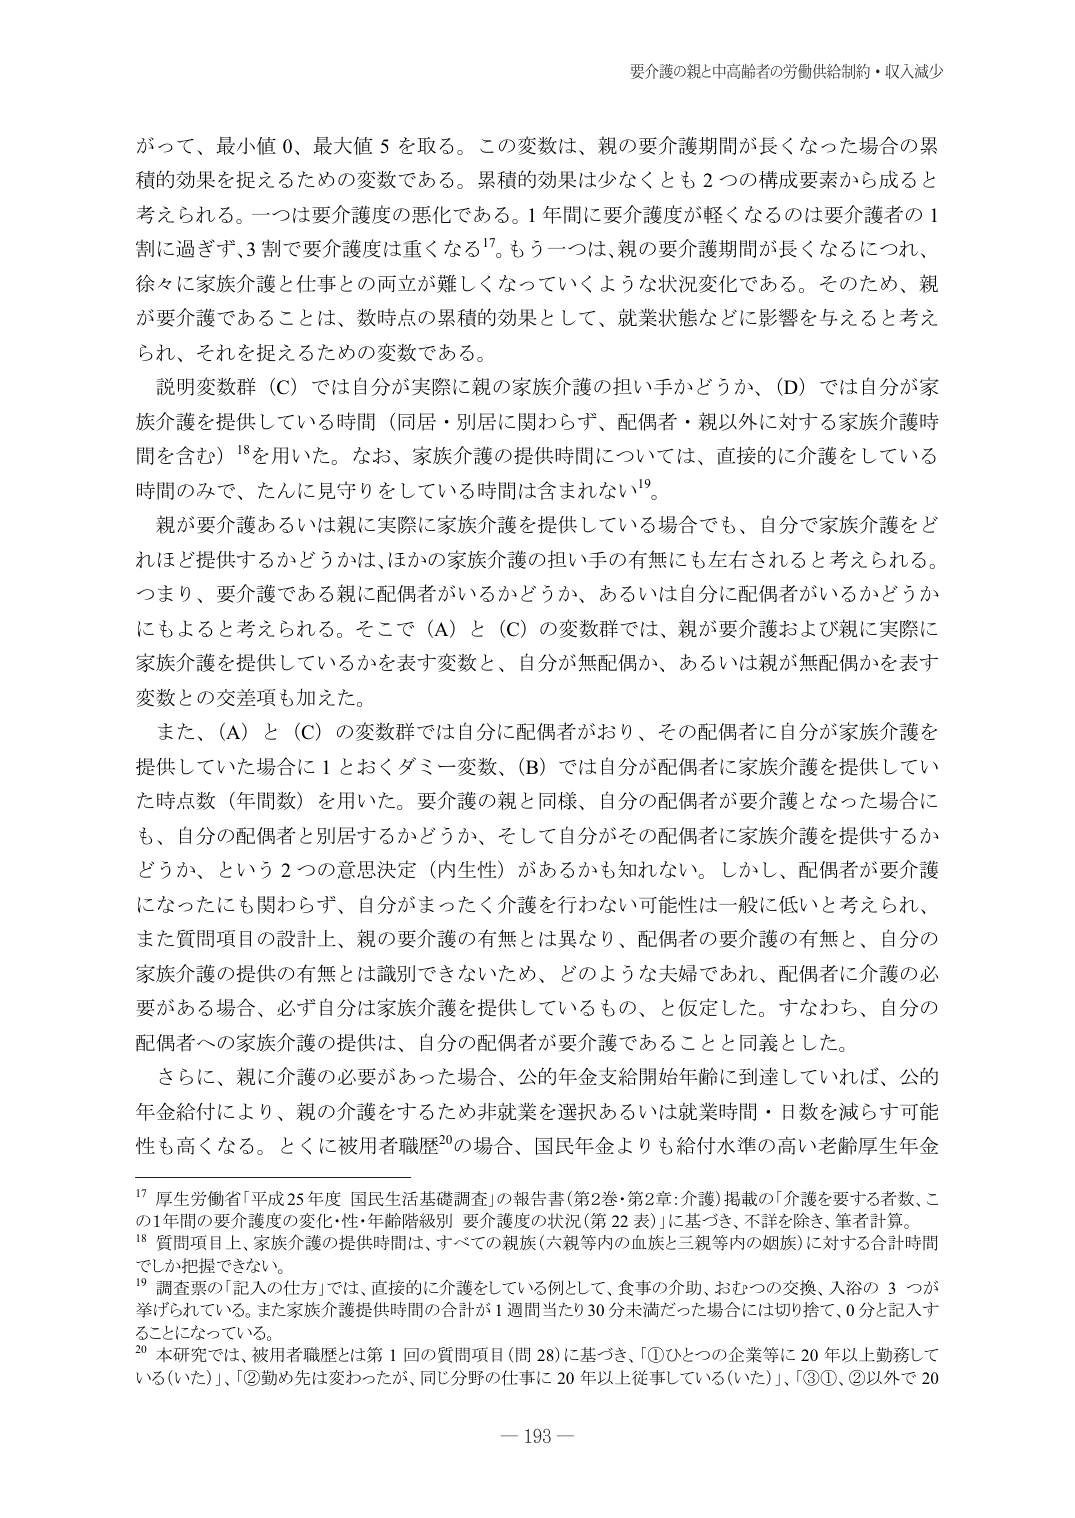
要介護の親と中高齢者の労働供給制約・収入減少

がって、最小値 0、最大値 5 を取る。この変数は、親の要介護期間が長くなった場合の累積的効果を捉えるための変数である。累積的効果は少なくとも 2 つの構成要素から成ると考えられる。一つは要介護度の悪化である。1 年間に要介護度が軽くなるのは要介護者の 1 割に過ぎず、3 割で要介護度は重くなる17。もう一つは、親の要介護期間が長くなるにつれ、徐々に家族介護と仕事との両立が難しくなっていくような状況変化である。そのため、親が要介護であることは、数時点の累積的効果として、就業状態などに影響を与えると考えられ、それを捉えるための変数である。

説明変数群（C）では自分が実際に親の家族介護の担い手かどうか、（D）では自分が家族介護を提供している時間（同居・別居に関わらず、配偶者・親以外に対する家族介護時間を含む）18 を用いた。なお、家族介護の提供時間については、直接的に介護をしている時間のみで、たんに見守りをしている時間は含まれない19。

親が要介護あるいは親に実際に家族介護を提供している場合でも、自分で家族介護をどれほど提供するかどうかは、ほかの家族介護の担い手の有無にも左右されると考えられる。つまり、要介護である親に配偶者がいるかどうか、あるいは自分に配偶者がいるかどうかにもよると考えられる。そこで（A）と（C）の変数群では、親が要介護および親に実際に家族介護を提供しているかを表す変数と、自分が無配偶か、あるいは親が無配偶かを表す変数との交差項も加えた。

また、（A）と（C）の変数群では自分に配偶者がおり、その配偶者に自分が家族介護を提供していた場合に 1 とおくダミー変数、（B）では自分が配偶者に家族介護を提供していた時点数（年間数）を用いた。要介護の親と同様、自分の配偶者が要介護となった場合にも、自分の配偶者と別居するかどうか、そして自分がその配偶者に家族介護を提供するかどうか、という 2 つの意思決定（内生性）があるかも知れない。しかし、配偶者が要介護になったにも関わらず、自分がまったく介護を行わない可能性は一般に低いと考えられ、また質問項目の設計上、親の要介護の有無とは異なり、配偶者の要介護の有無と、自分の家族介護の提供の有無とは識別できないため、どのような夫婦であれ、配偶者に介護の必要がある場合、必ず自分は家族介護を提供しているもの、と仮定した。すなわち、自分の配偶者への家族介護の提供は、自分の配偶者が要介護であることと同義とした。

さらに、親に介護の必要があった場合、公的年金支給開始年齢に到達していれば、公的年金給付により、親の介護をするため非就業を選択あるいは就業時間・日数を減らす可能性も高くなる。とくに被用者職歴20の場合、国民年金よりも給付水準の高い老齢厚生年金

17 厚生労働省「平成 25 年度 国民生活基礎調査」の報告書（第2巻・第2章：介護）掲載の「介護を要する者数、この1年間の要介護度の変化・性・年齢階級別 要介護度の状況（第 22 表）」に基づき、不詳を除き、筆者計算。

18 質問項目上、家族介護の提供時間は、すべての親族（六親等内の血族と三親等内の姻族）に対する合計時間でしか把握できない。

19 調査票の「記入の仕方」では、直接的に介護をしている例として、食事の介助、おむつの交換、入浴の 3 つが挙げられている。また家族介護提供時間の合計が 1 週間当たり 30 分未満だった場合には切り捨て、0 分と記入することになっている。

20 本研究では、被用者職歴とは第 1 回の質問項目（問 28）に基づき、「①ひとつの企業等に 20 年以上勤務している（いた）」、「②勤め先は変わったが、同じ分野の仕事に 20 年以上従事している（いた）」、「③①、②以外で 20

— 193 —